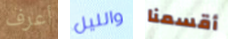
أعرف والليل أقسمنا